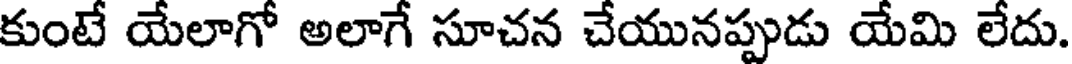
కుంటే యేలాగో అలాగే సూచన చేయునప్పుడు యేమి లేదు.